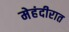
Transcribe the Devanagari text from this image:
मेहंदीरात